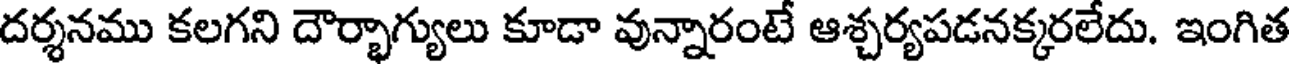
దర్శనము కలగని దౌర్భాగ్యులు కూడా వున్నారంటే ఆశ్చర్యపడనక్కరలేదు. ఇంగిత